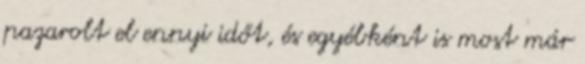
pazarolt el ennyi időt, és egyébként is most már